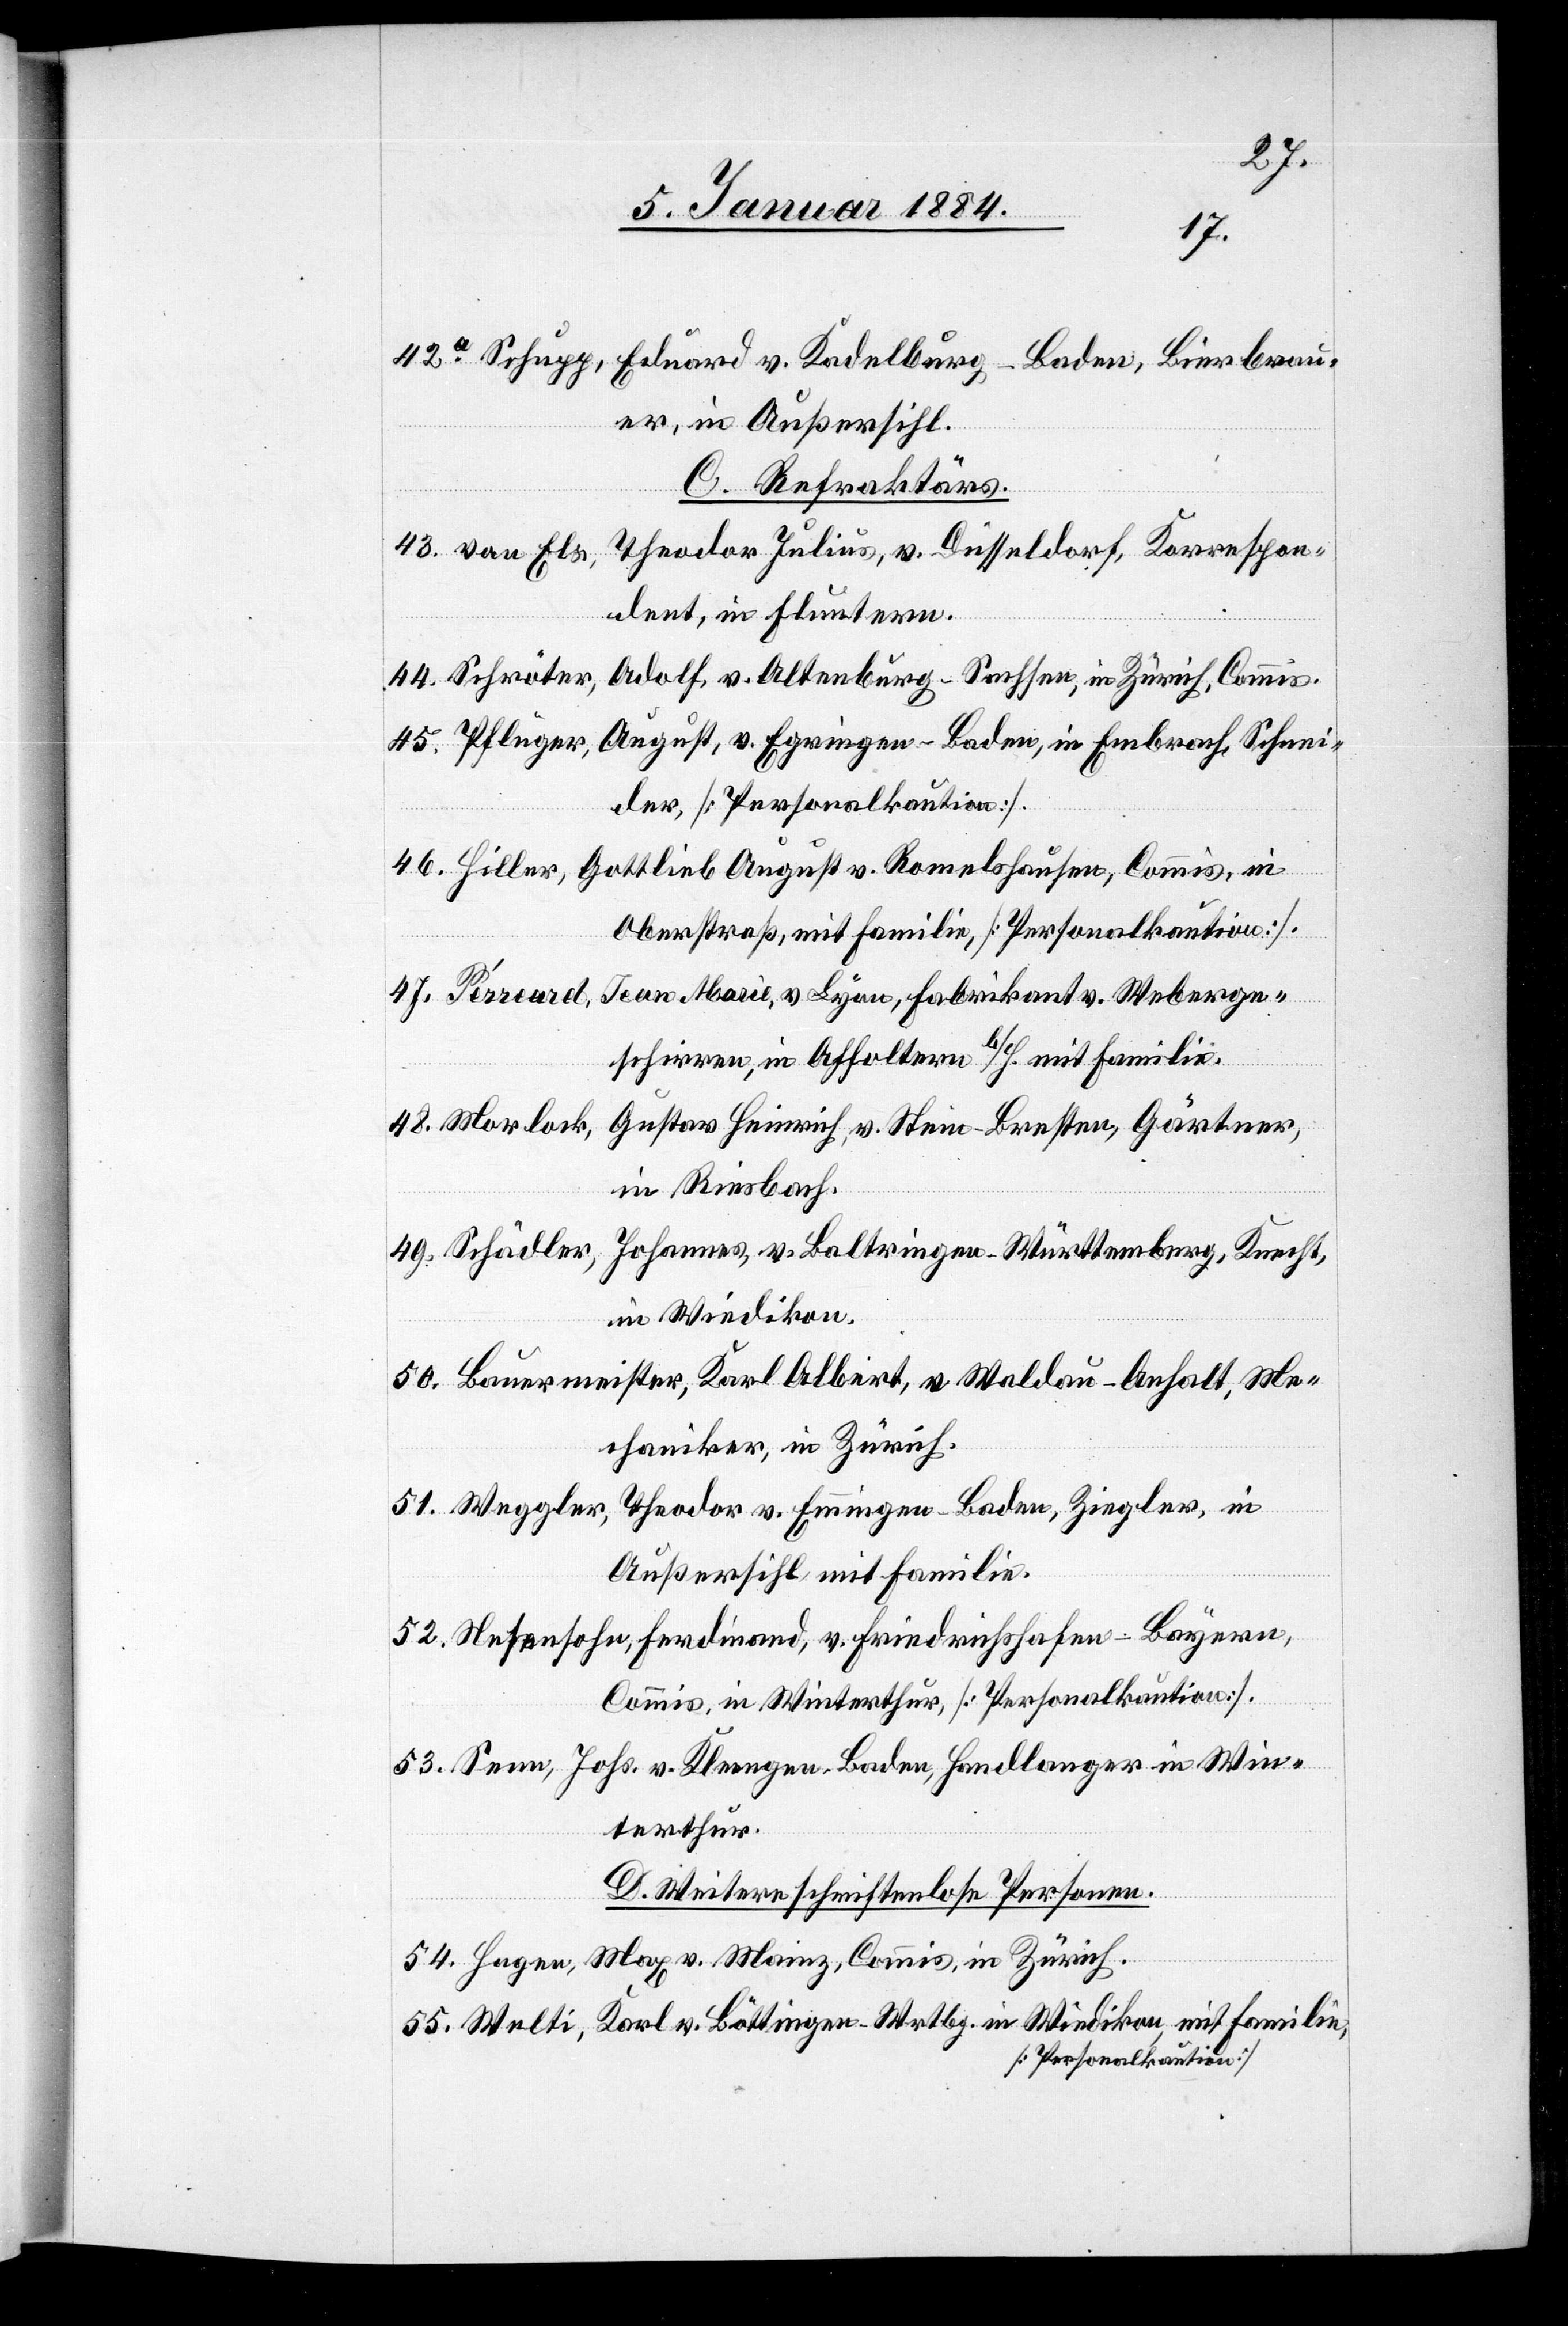
42a. Schupp, Eduard, v. Kadelburg - Baden, Bierbrau¬
er, in Außersihl.
C. Refraktärs.
43. von Els, Theodor Julius, v. Düsseldorf, Korrespon¬
dent, in Fluntern.
44. Schröter,
Adolf, v. Altenburg - Sachsen, in Zürich, Commis.
August, v. Egringen - Baden, in Embrach, Schnei¬
45. Pflüger,
der [Personalkaution].
46. Hiller, Gottlieb August v. Romelshausen, Commis, in
Oberstraß, mit Familie, [Personalkaution].
47. Pérreard, Jean Marie, v. Lyon, Fabrikant v. Weberge¬
schirren, in Affoltern b/H. mit Familie.
48. Morlock, Gustav Heinrich, v. Stein - Bresten, Gärtner,
in Riesbach.
49. Schädler, Johannes, v. Baltringen - Württemberg, Knecht,
in Wiedikon.
50. Bauermeister, Karl Albert, v. Waldau - Anhalt, Me¬
chaniker, in Zürich.
51. Weggler, Theodor v. Emmingen - Baden, Ziegler, in
Außersihl mit Familie.
52. Nesensohn, Ferdinand, v. Friedrichshafen - Baiern,
Commis, in Winterthur [Personalkaution].
53. Senn, Johs. v. Kleengen - Baden, Handlanger in Win¬
terthur.
D. Weitere schriftenlose Personen.
54. Hagen, Max v. Mainz, Commis, in Zürich.
55. Welti, Karl v. Böttingen - Wrtbg. in Wiedikon, mit Familie,
[Personalkaution].